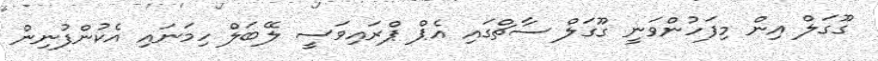
ގޫގަލް އިން މިފަހުންވަނީ ގޫގަލް ސާޗްގައި އެޕް ޕްރައިވަސީ ލޭބަލް ހިމަނައި އެކުންފުނިން